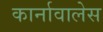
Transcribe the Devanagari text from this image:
कार्नावालेस